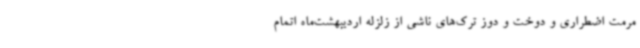
مرمت اضطراری و دوخت و دوز ترک‌های ناشی از زلزله اردیبهشت‌ماه اتمام